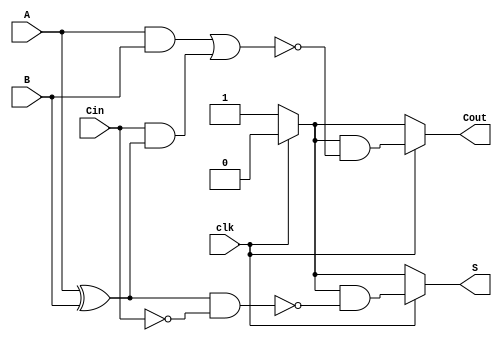
module DynamicFullAdder (
    input wire A,       // First input bit
    input wire B,       // Second input bit
    input wire Cin,     // Carry-in bit
    input wire clk,     // Clock signal
    output wire S,      // Sum output
    output wire Cout    // Carry-out output
);

    // Internal wires for precharged values
    wire S_precharge, Cout_precharge;
    wire A_xor_B;

    // Precharge phase (when clk is low)
    assign S_precharge = clk ? 1'b0 : 1'b1;  // Precharge to 1 when clk is low
    assign Cout_precharge = clk ? 1'b0 : 1'b1; // Precharge to 1 when clk is low

    // Evaluation phase (when clk is high)
    // Calculate A XOR B
    assign A_xor_B = A ^ B;

    // Sum output S = A XOR B XOR Cin
    assign S = clk ? (S_precharge & ~(A_xor_B & ~Cin)) : S_precharge;

    // Carry-out output Cout = (A AND B) OR (Cin AND (A XOR B))
    assign Cout = clk ? (Cout_precharge & ~(A & B | (Cin & A_xor_B))) : Cout_precharge;

endmodule